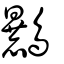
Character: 𪈚